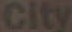
City